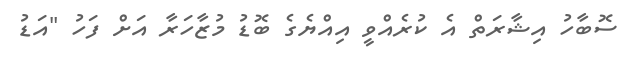
ސޮބާހު އިޝާރަތް އެ ކުރެއްވީ އިއްޔެގެ ބޮޑު މުޒާހަރާ އަށް ފަހު "އަޑު